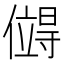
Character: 𪝯